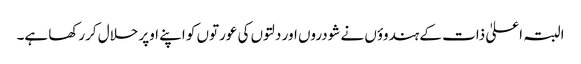
البتہ اعلیٰ ذات کے ہندوؤں نے شودروں اور دلتوں کی عورتوں کو اپنے اوپر حلال کررکھا ہے۔